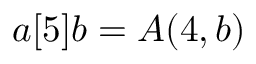
a [ 5 ] b = A ( 4 , b )